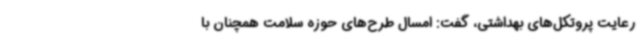
رعایت پروتکل‌های بهداشتی، گفت: امسال طرح‌های حوزه سلامت همچنان با